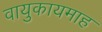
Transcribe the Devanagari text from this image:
वायुकायमाह